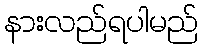
နားလည်ရပါမည်